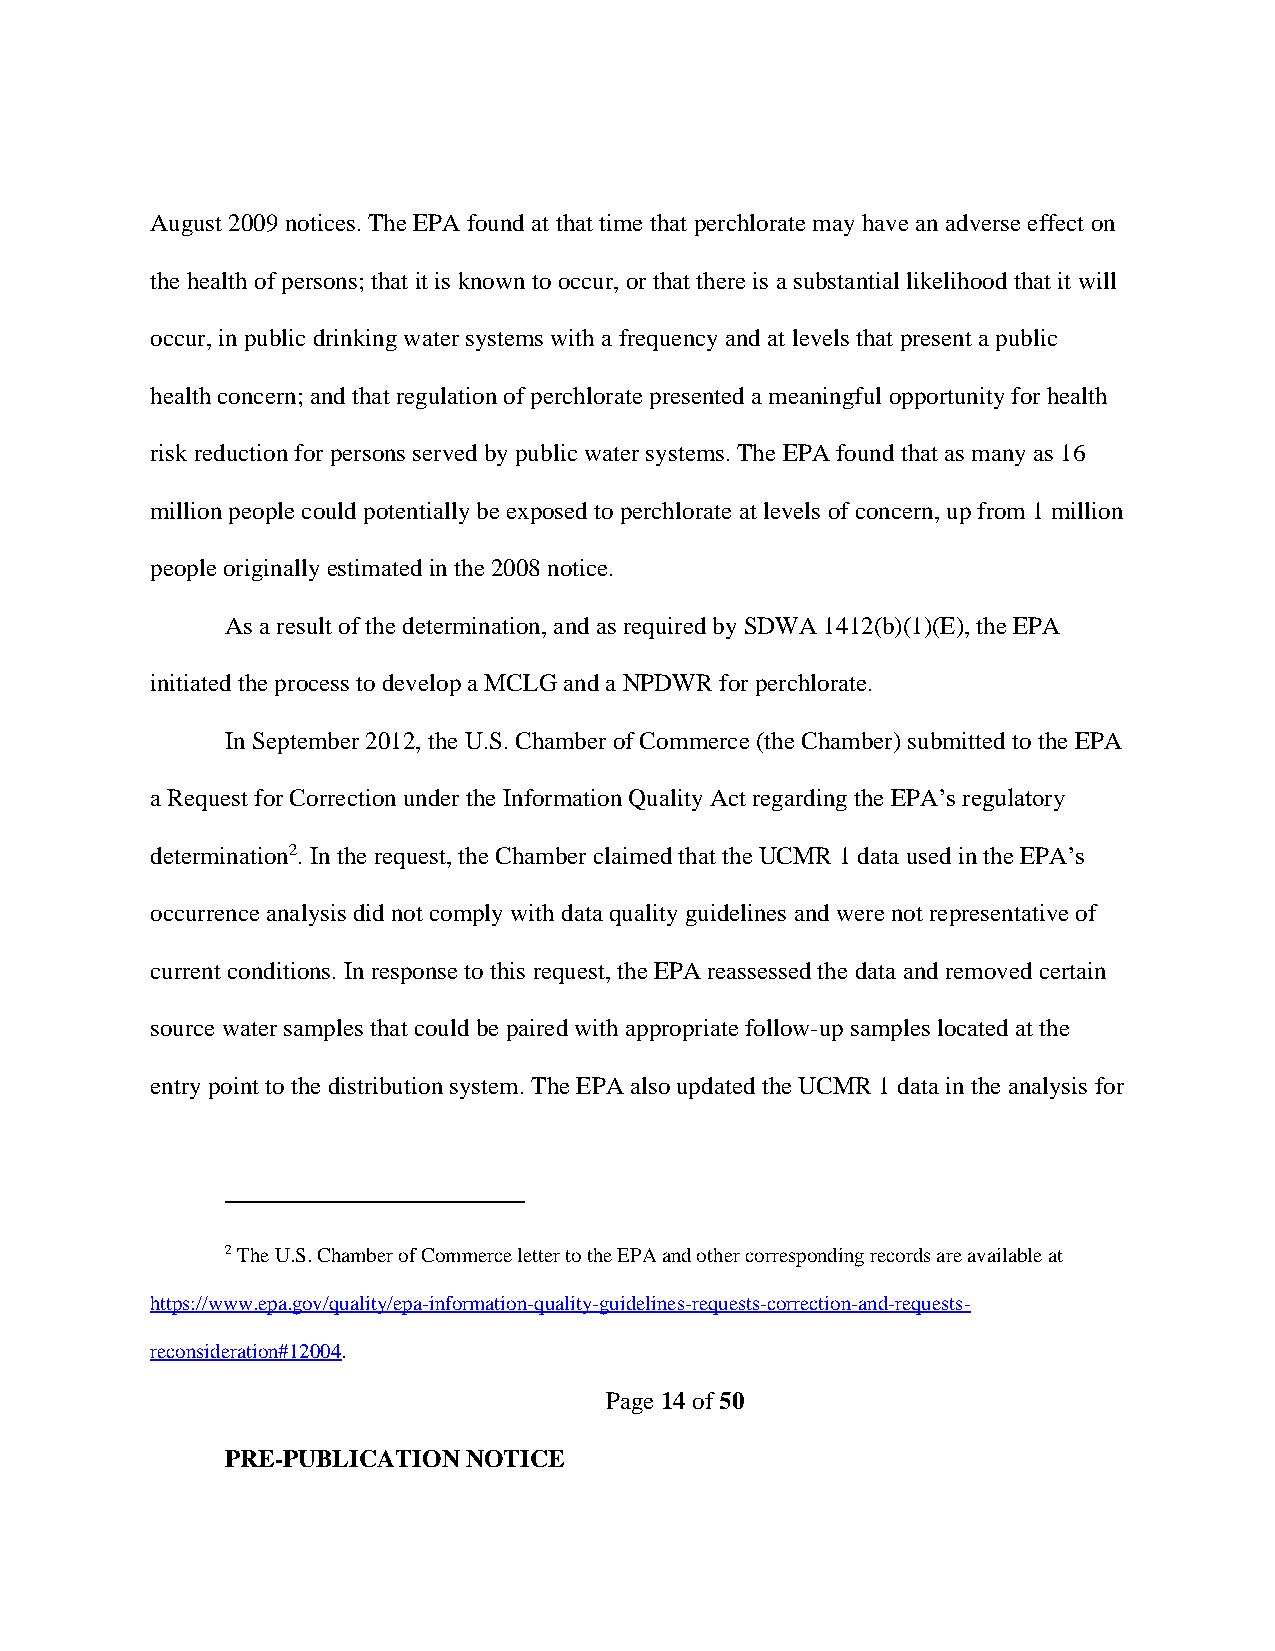
August 2009 notices. The EPA found at that time that perchlorate may have an adverse effect on
 the health of persons; that it is known to occur, or that there is a substantial likelihood that it will
 occur, in public drinking water systems with a frequency and at levels that present a public
 health concern; and that regulation of perchlorate presented a meaningful opportunity for health
 risk reduction for persons served by public water systems. The EPA found that as many as 16
 million people could potentially be exposed to perchlorate at levels of concern, up from 1 million
 people originally estimated in the 2008 notice.
 As a result of the determination, and as required by SDWA 1412(b)(1)(E), the EPA
 initiated the process to develop a MCLG and a NPDWR for perchlorate.
 In September 2012, the U.S. Chamber of Commerce (the Chamber) submitted to the EPA
 a Request for Correction under the Information Quality Act regarding the EPA’s regulatory
 determination2. In the request, the Chamber claimed that the UCMR 1 data used in the EPA’s
 occurrence analysis did not comply with data quality guidelines and were not representative of
 current conditions. In response to this request, the EPA reassessed the data and removed certain
 source water samples that could be paired with appropriate follow-up samples located at the
 entry point to the distribution system. The EPA also updated the UCMR 1 data in the analysis for
 2 The U.S. Chamber of Commerce letter to the EPA and other corresponding records are available at
 https://www.epa.gov/quality/epa-information-quality-guidelines-requests-correction-and-requests-
 reconsideration#12004.
 Page 14 of 50
 PRE-PUBLICATION NOTICE